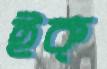
ইক্